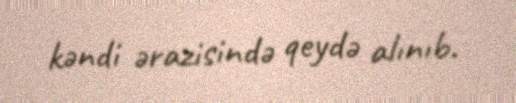
kəndi ərazisində qeydə alınıb.